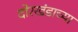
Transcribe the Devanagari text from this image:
दोरखंडाच्या